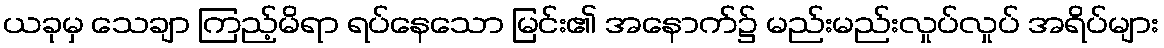
ယခုမှ သေချာ ကြည့်မိရာ ရပ်နေသော မြင်း၏ အနောက်၌ မည်းမည်းလှုပ်လှုပ် အရိပ်များ